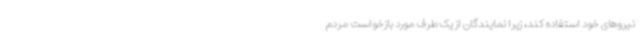
نیروهای خود استفاده کند، زیرا نمایندگان از یک طرف مورد بازخواست مردم